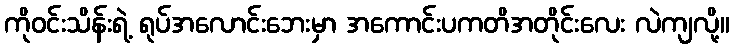
ကိုဝင်းသိန်းရဲ့ ရုပ်အလောင်းဘေးမှာ အကောင်းပကတိအတိုင်းလေး လဲကျလို့။